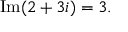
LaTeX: \quad \operatorname { I m } ( 2 + 3 i ) = 3 .